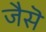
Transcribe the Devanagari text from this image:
जैसॆ